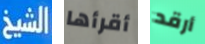
الشيخ أقرأها أرقد